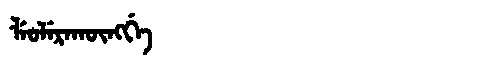
Manchu: ᠯᡝᠣᠯᡝᡵᠠᡴᡡᠩᡤᡝ
Romanization: LEOLERAKŪNGGE